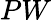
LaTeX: PW